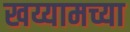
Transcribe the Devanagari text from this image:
खय्यामच्या